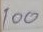
100